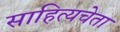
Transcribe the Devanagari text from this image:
साहित्यचेता